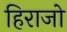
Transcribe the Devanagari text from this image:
हिराजो